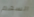
السهم